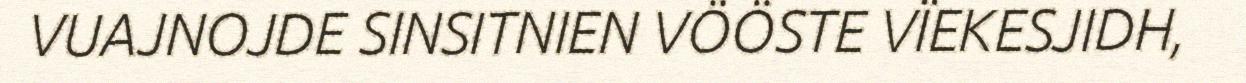
VUAJNOJDE SINSITNIEN VÖÖSTE VÏEKESJIDH,